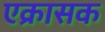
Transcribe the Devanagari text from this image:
एक्रासक